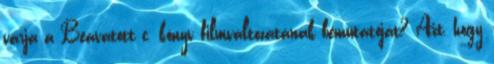
várja a Beavatott c. könyv filmváltozatának bemutatóját? Azt, hogy